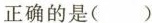
正确的是( )